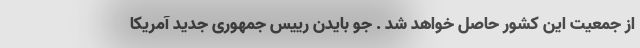
از جمعیت این کشور حاصل خواهد شد . جو بایدن رییس جمهوری جدید آمریکا